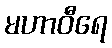
မဟာဝီရေ